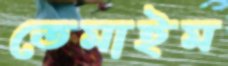
তেমাইম